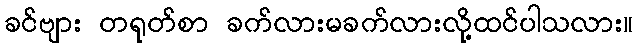
ခင်ဗျား တရုတ်စာ ခက်လားမခက်လားလို့ထင်ပါသလား။